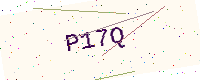
Text: P17Q